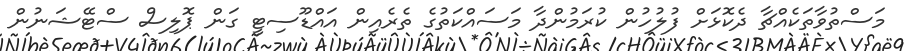
މަސްތުވާތަކެއްޗާ ދެކޮޅަށް ފުލުހުން ކުރަމުންދާ މަސައްކަތުގެ ތެރެއިން އައްޑޫސިޓީ ގަން ޕޮލިސް ސްޓޭޝަނުން